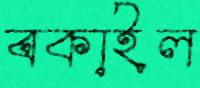
বকাইল